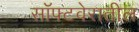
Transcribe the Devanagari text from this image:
सॉफ्टवेरातील